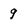
Character: g